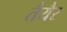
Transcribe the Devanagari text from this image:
तैयैर